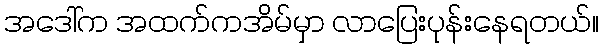
အဒေါ်က အထက်ကအိမ်မှာ လာပြေးပုန်းနေရတယ်။